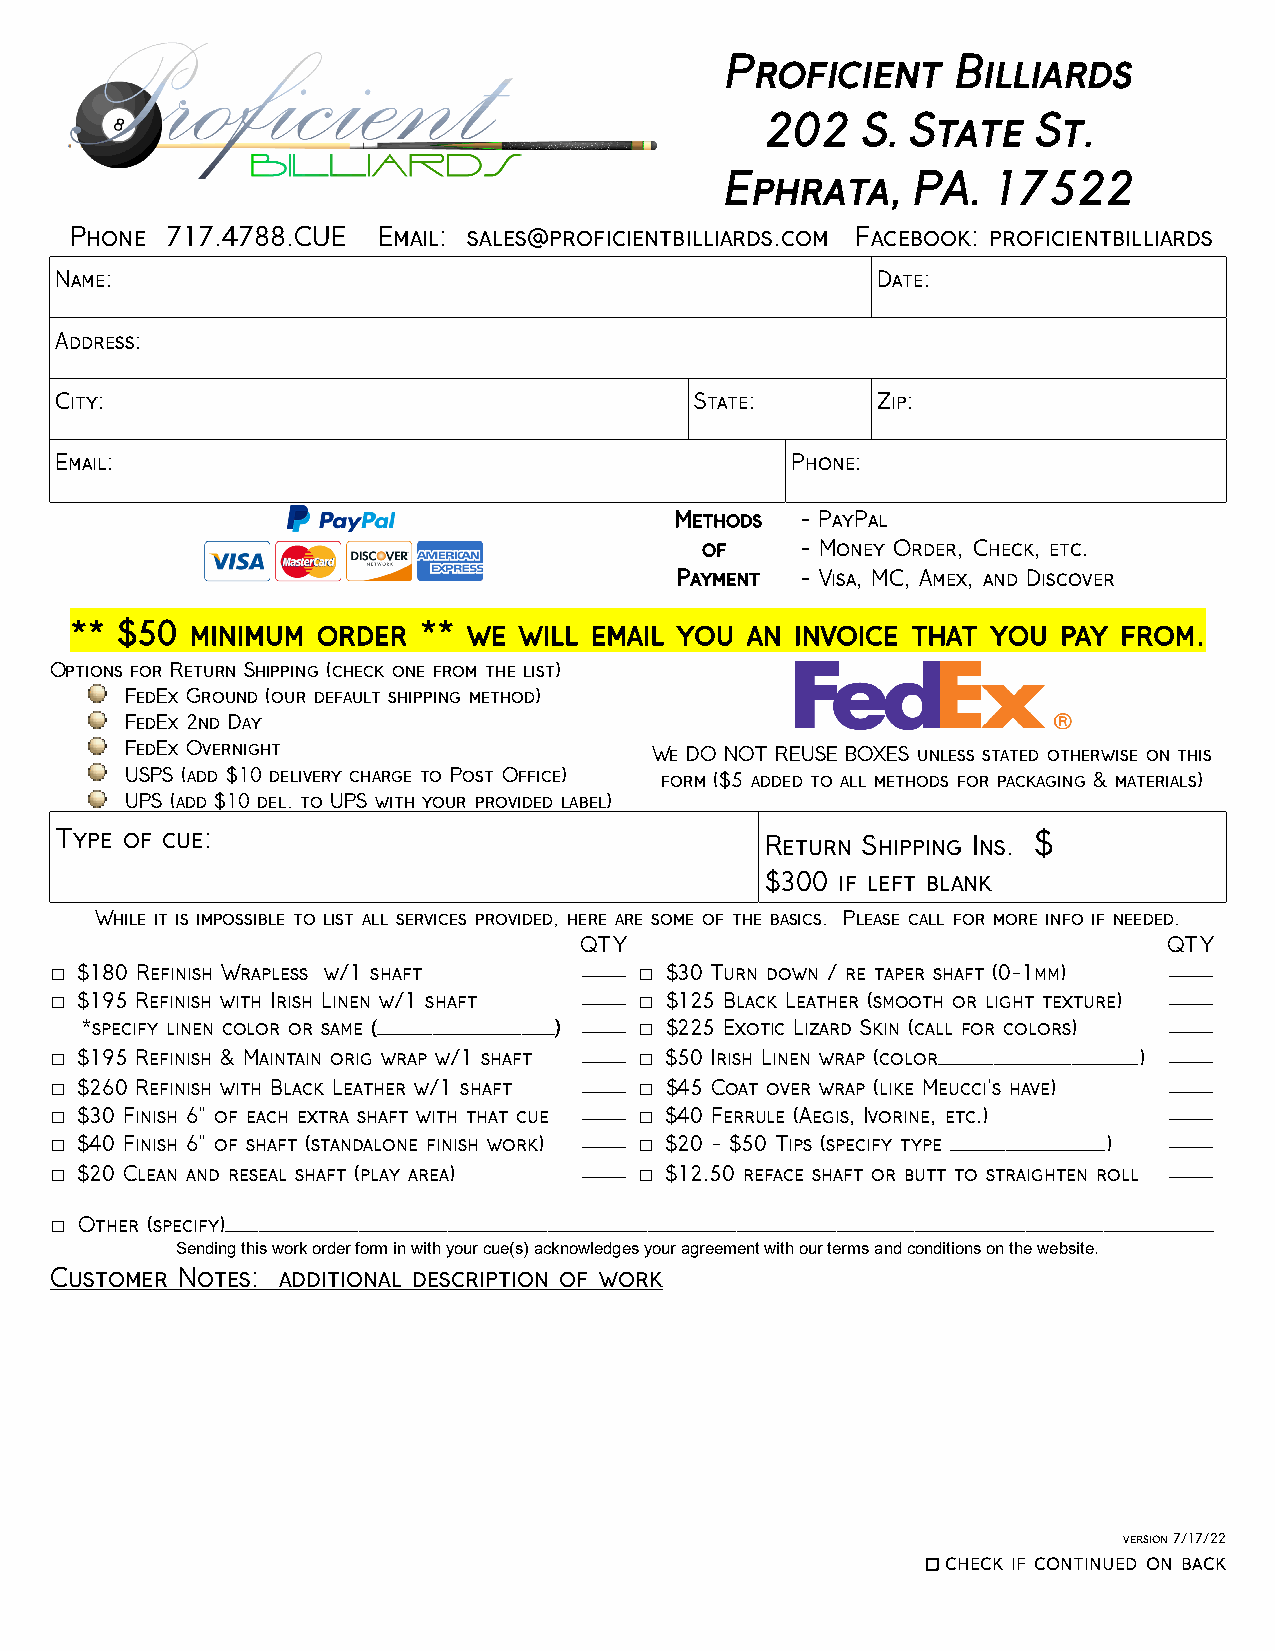
Proficient     Billiards
 202   S. State    St.
 Ephrata,    PA.   17522
 Phone 717.4788.CUE  Email: sales@proficientbilliards.com Facebook: proficientbilliards
 Name:                                                 Date:
 Address:
 City:                                     State:      Zip:
 Email:                                          Phone:
 Methods - PayPal
 of     - Money Order, Check, etc.
 Payment - Visa, MC, Amex, and Discover
 ** $50  minimum order  ** we will email you an  invoice that you pay from.
 Options for Return Shipping (check one from the list)
 FedEx Ground (our default shipping method)
 FedEx 2nd Day
 FedEx Overnight                    We DO NOT REUSE BOXES unless stated otherwise on this
 USPS (add $10 delivery charge to Post Office) form ($5 added to all methods for packaging & materials)
 UPS (add $10 del. to UPS with your provided label)
 Type of cue:                                   Return Shipping Ins. $
 $300 if left blank
 While it is impossible to list all services provided, here are some of the basics. Please call for more info if needed.
 QTY                                    QTY
 □ $180 Refinish Wrapless w/1 shaft  ____ □ $30 Turn down / re taper shaft (0-1mm) ____
 □ $195 Refinish with Irish Linen w/1 shaft ____ □ $125 Black Leather (smooth or light texture) ____
 *specify linen color or same (________________) ____ □ $225 Exotic Lizard Skin (call for colors) ____
 □ $195 Refinish & Maintain orig wrap w/1 shaft ____ □ $50 Irish Linen wrap (color__________________) ____
 □ $260 Refinish with Black Leather w/1 shaft ____ □ $45 Coat over wrap (like Meucci's have) ____
 □ $30 Finish 6” of each extra shaft with that cue ____ □ $40 Ferrule (Aegis, Ivorine, etc.) ____
 □ $40 Finish 6” of shaft (standalone finish work) ____ □ $20 - $50 Tips (specify type ______________) ____
 □ $20 Clean and reseal shaft (play area) ____ □ $12.50 reface shaft or butt to straighten roll ____
 □ Other (specify)_________________________________________________________________________________________
 Sending this work order form in with your cue(s) acknowledges your agreement with our terms and conditions on the website.
 Customer Notes: additional description of work
 version 7/17/22
 □ check if continued on back